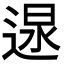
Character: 𨔯